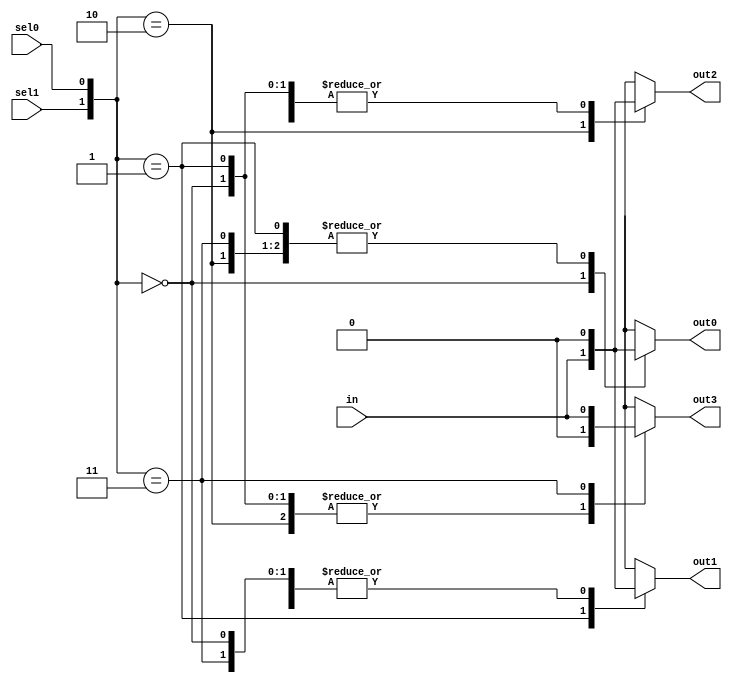
module demultiplexer(input wire in, input wire sel0, input wire sel1, output reg out0, output reg out1, output reg out2, output reg out3);

always @(*)
begin
    case ({sel1, sel0})
        2'b00: begin
            out0 = in;
            out1 = 1'b0;
            out2 = 1'b0;
            out3 = 1'b0;
        end
        2'b01: begin
            out0 = 1'b0;
            out1 = in;
            out2 = 1'b0;
            out3 = 1'b0;
        end
        2'b10: begin
            out0 = 1'b0;
            out1 = 1'b0;
            out2 = in;
            out3 = 1'b0;
        end
        2'b11: begin
            out0 = 1'b0;
            out1 = 1'b0;
            out2 = 1'b0;
            out3 = in;
        end
    endcase
end

endmodule